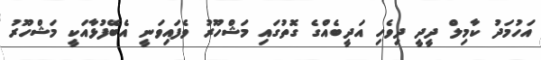
އަހުމަދު ކާމިލް ދީދީ ދިވެހި އަދީބެއްގެ ގޮތުގައި މަޝްހޫރު ވެފައިވަނީ އެބޭފުޅާއަކީ މަޝްހޫރު